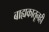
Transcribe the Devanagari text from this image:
बाह्यकातूनही